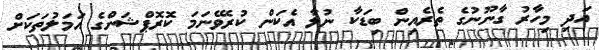
އަދި މިހާރު ގާނޫނުގެ ތެރެއިން ބިޑަކާ ނުލާ އެކަން ކުރެވޭނަމަ ކޮރޮޕްޝަންގެ އަމަލުތަކަށް